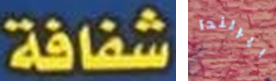
شفافة ايرلندا